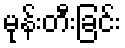
မုန်းတီးခြင်း